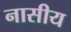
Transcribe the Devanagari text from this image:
नासीय